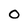
Character: O